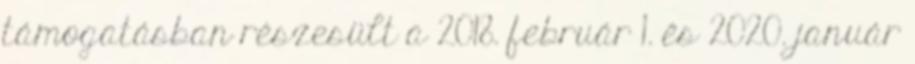
támogatásban részesült a 2018. február 1. és 2020. január